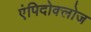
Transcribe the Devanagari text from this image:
एंपिदोक्लोज